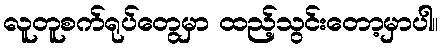
လူတူစက်ရုပ်တွေမှာ ထည့်သွင်းတော့မှာပါ။